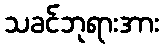
သခင်ဘုရားအား